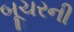
બૂચરની